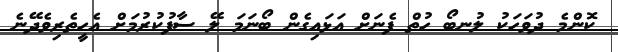
ކޮންމެ ދުވަހަކު ލުނބޯ ހުތް ފެނަށް އަޅައިގެން ބޯނަމަ ލޭ ސާފުކުރުމަށް އެހީތެރިވެދޭނެ